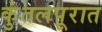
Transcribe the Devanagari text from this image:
कुंतलपूरात